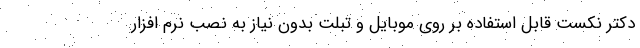
دکتر نکست قابل استفاده بر روی موبایل و تبلت بدون نیاز به نصب نرم افزار